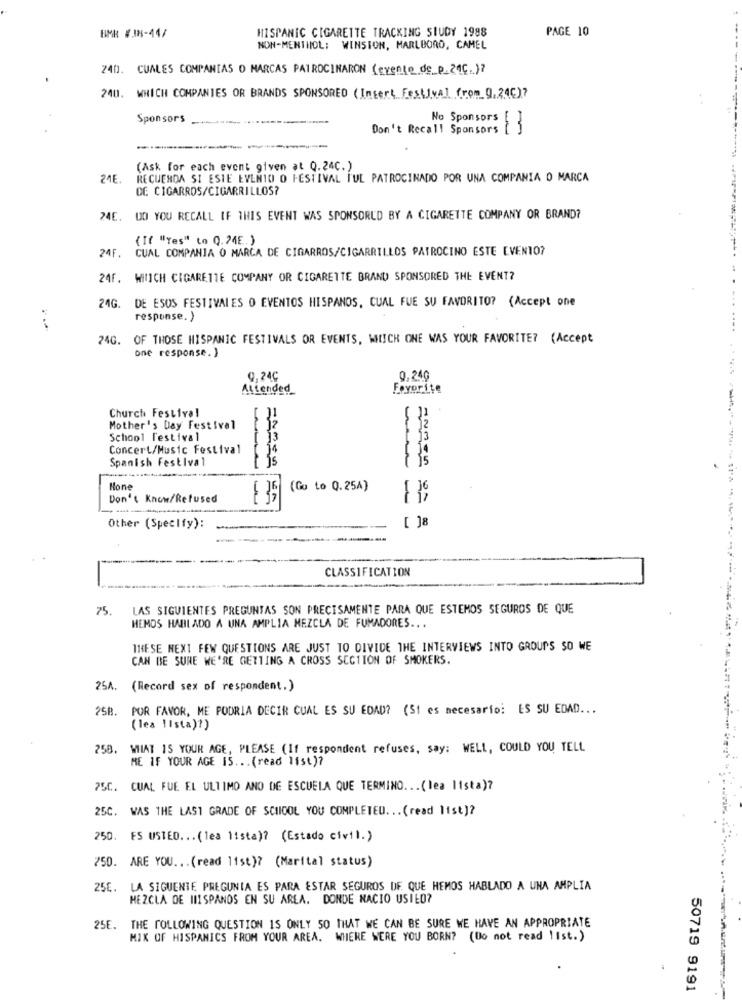
HISPANIC CIGARETTE TRACKING STUDY 1998
PAGE 10
BMR #38-44/
NON-MENTHOL: WINSTON, MARLBORO, CAMEL
24D. CUALES COMPANIAS O MARCAS PATROCINARON (evento de p_ 24C.)?
240. WHICH COMPANIES OR BRANDS SPONSORED (Insert, Festival from 0,24℃)?
Sponsors
Don't Recall Sponsors [ ]
No Sponsors [ ]
(Ask for each event given at Q.24C.)
24E.
RECUERDA SI ESTE EVENTO O FESTIVAL TUL PATROCINADO POR UNA COMPANIA O MARCA
DE CIGARROS/CIGARRILLOS?
24E. DO YOU RECALL IF THIS EVENT WAS SPONSORED BY A CIGARETTE COMPANY OR BRAND?
(If "Yes" to 0.24E. )
CUAL COMPANIA O MARCA DE CIGARROS/CIGARRILLOS PATROCINO ESTE EVENTO?
24F.
24F.
WIIICH CIGARETTE COMPANY OR CIGARETTE BRAND SPONSORED THE EVENT?
DE ESOS FESTIVALES O EVENTOS HISPANOS, CUAL FUE SU FAVORITO? (Accept one
...
24G.
response. )
74G. OF THOSE HISPANIC FESTIVALS OR EVENTS, WHICH ONE WAS YOUR FAVORITE? (Accept
one response. )
9,24C
0.240
Attended
Favorite
Church Festival
11
Mother's Day Festival
12
School Festival
13
Concert/Music Festival
14
Spanish Festival
Mone
(Go to Q.25A)
-
Don't Know/Refused
--
[ ]8
Other (Specify):
CLASSIFICATION
75.
LAS SIGUIENTES PREGUNTAS SON PRECISAMENTE PARA QUE ESTEMOS SEGUROS DE QUE
HEMOS HABLADO A UNA AMPLIA MEZCLA DE FUMADORES ...
THESE NEXT FEW QUESTIONS ARE JUST TO DIVIDE THE INTERVIEWS INTO GROUPS SO WE
CAN BE SURE WE'RE GETTING A CROSS SECTION OF SMOKERS.
25A. (Record sex of respondent.)
25B.
POR FAVOR, ME PODRIA DECIR CUAL ES SU EDAD? (Si es necesario: ES SU EDAD ...
(lea lista)?)
758. WHAT IS YOUR AGE, PLEASE (If respondent refuses, say: WELL, COULD YOU TELL
ME IF YOUR AGE IS ... (read list)?
25C. CUAL FUE EL ULTIMO ANO DE ESCUELA QUE TERMINO ... (lea lista)?
25C. WAS THE LAST GRADE OF SCHOOL YOU COMPLETED ... (read list)?
250. ES USTED ... ( lea 11sta)? (Estado civil.)
750. ARE YOU. .. (read list)? (Marital status)
25E. LA SIGUENTE PREGUNIA ES PARA ESTAR SEGUROS DE QUE HEMOS HABLADO A UNA AMPLIA
MEZCLA DE HISPANOS EN SU AREA. DONDE NACIO USIED?
25E. THE FOLLOWING QUESTION IS ONLY 50 THAT WE CAN BE SURE WE HAVE AN APPROPRIATE
MIX OF HISPANICS FROM YOUR AREA. WHERE WERE YOU BORN? (Do not read list.)
50719 9191